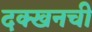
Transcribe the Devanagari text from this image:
दक्खनची